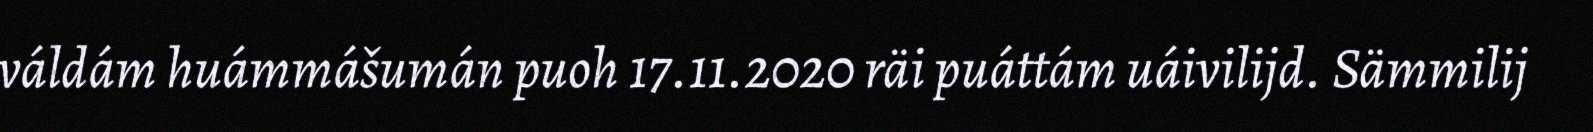
váldám huámmášumán puoh 17.11.2020 räi puáttám uáivilijd. Sämmilij